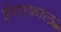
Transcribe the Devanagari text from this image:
ईसाकाल